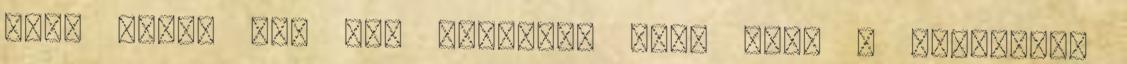
azok közül egy sem tisztult meg, csak a Szíriából